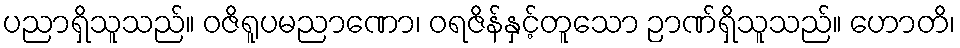
ပညာရှိသူသည်။ ဝဇိရူပမညာဏော၊ ဝရဇိန်နှင့်တူသော ဉာဏ်ရှိသူသည်။ ဟောတိ၊